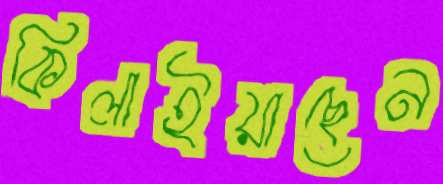
কিলাইয়াছেন